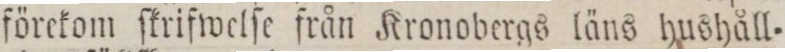
förekom ſkriſwelſe från Kronobergs läns hushåll=